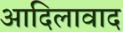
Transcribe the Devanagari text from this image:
आदिलावाद